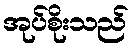
အုပ်စိုးသည်